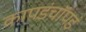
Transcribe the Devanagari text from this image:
कापडंचॉपडं